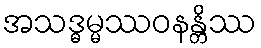
အသဒ္ဓမ္မဿဝနန္တိဿ